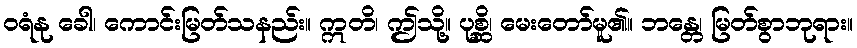
ဝရံနု ခေါ၊ ကောင်းမြတ်သနည်း။ ဣတိ၊ ဤသို့။ ပုစ္ဆိ၊ မေးတော်မူ၏။ ဘန္တေ၊ မြတ်စွာဘုရား။